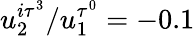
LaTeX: u_{2}^{i\tau^{3}}/u_{1}^{\tau^{0}}=-0.1